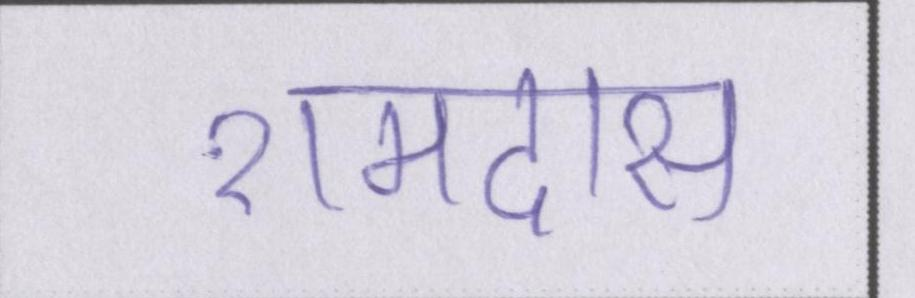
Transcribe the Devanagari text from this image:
रामदास